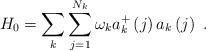
LaTeX: \begin{align*}H_{0}=\sum_{k}\sum_{j=1}^{N_{k}}\omega _{k}a_{k}^{+}\left( j\right)a_{k}\left( j\right) \,\,.\end{align*}